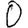
Digit: 0